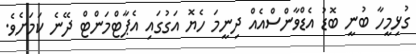
ގުޅިމީހާ ބުނީ ބޮޑު އެޑްވާންސްއެއް ދިނީމަ ހެޔޮ އަގުގައި އެޕާޓްމަންޓް ދޭނެ ކަމަށެވެ.